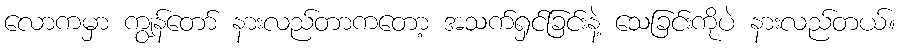
လောကမှာ ကျွန်တော် နားလည်တာကတော့ အသက်ရှင်ခြင်းနဲ့ သေခြင်းကိုပဲ နားလည်တယ်။